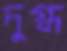
দুগ্ধ